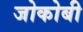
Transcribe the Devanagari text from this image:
जोकोबी